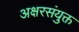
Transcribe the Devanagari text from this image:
अक्षरसंयुक्त